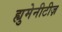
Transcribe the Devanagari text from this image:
ह्युमेनीटीज़